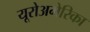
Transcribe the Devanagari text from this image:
यूरोअमेरिका